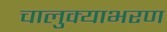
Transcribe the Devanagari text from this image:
चालुक्याभरण